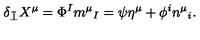
\delta _ { \bar { \perp } } X ^ { \mu } = \Phi ^ { I } m ^ { \mu } { } _ { I } = \psi \eta ^ { \mu } + \phi ^ { i } n ^ { \mu } { } _ { i } .